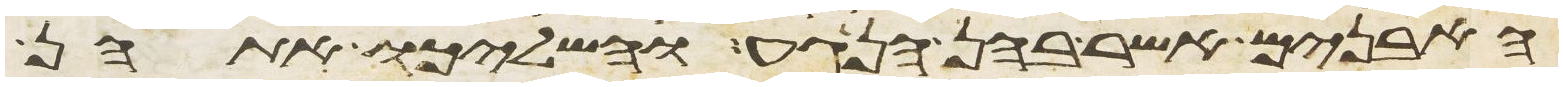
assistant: האבנים אשר בהן הנגע והשליכו אתהן